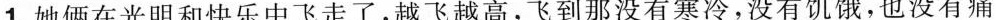
1.她俩在光明和快乐中飞走了，越飞越高，飞到那没有寒冷，没有饥饿，也没有痛